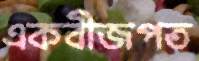
একবীজপত